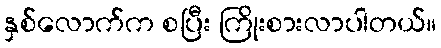
နှစ်လောက်က စပြီး ကြိုးစားလာပါတယ်။